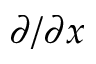
\partial / \partial x